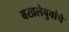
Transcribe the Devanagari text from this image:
बखलेबुवांचे